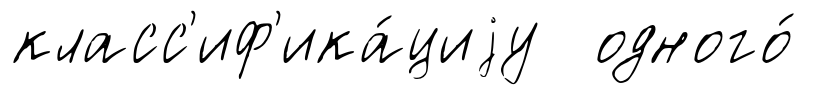
класс'иф'ика́циjу одного́